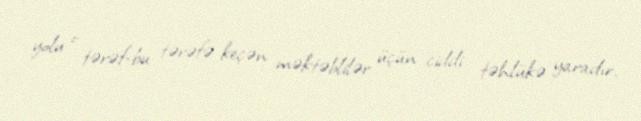
yolu o tərəf-bu tərəfə keçən məktəblilər üçün ciddi təhlükə yaradır.